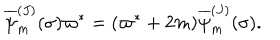
{ \overline { { \psi } } _ { m } ^ { ( J ) } } ( \sigma ) \varpi ^ { * } = ( \varpi ^ { * } + 2 m ) { \overline { { \psi } } _ { m } ^ { ( J ) } } ( \sigma ) .